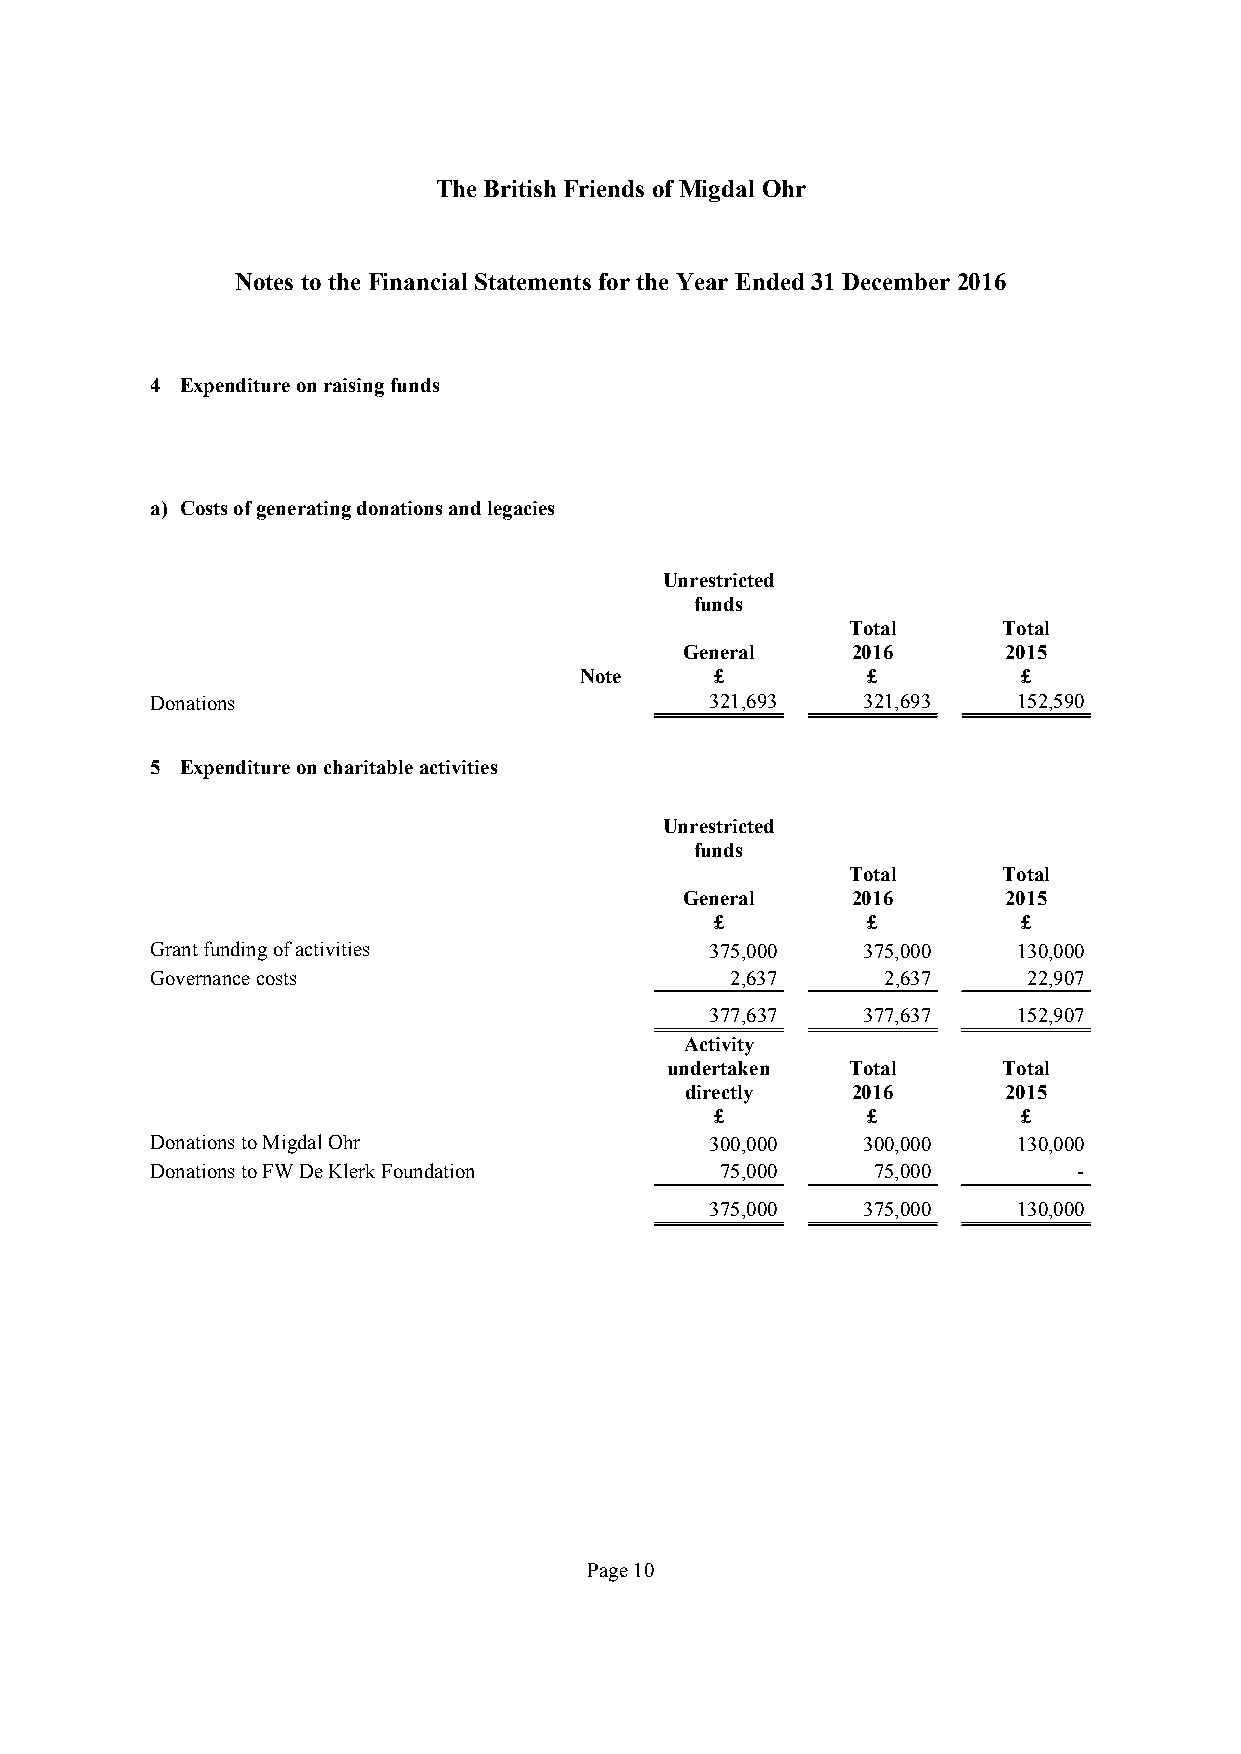
TheBritish Friends ofMigdal Ohr
 Notes tothe Financial Statements forthe Year Ended31December 2016
 4 Expenditureonraisingfunds
 a) Costsofgeneratingdonationsandlegacies
 Unrestricted
 funds
 Total     Total
 General    2016       2015
 Note     £         £          £
 Donations                            321,693   321,693   152,590
 5 Expenditureoncharitableactivities
 Unrestricted
 funds
 Total     Total
 General    2016       2015
 £         £          £
 Grantfundingofactivities             375,000   375,000   130,000
 Governancecosts                       2,637     2,637     22,907
 377,637   377,637   152,907
 Activity
 undertaken  Total     Total
 directly   2016       2015
 £         £          £
 DonationstoMigdalOhr                 300,000   300,000   130,000
 DonationstoFWDeKlerkFoundation        75,000    75,000       -
 375,000   375,000   130,000
 Page10